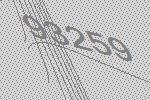
93259